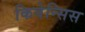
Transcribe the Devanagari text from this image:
किवेन्सिस